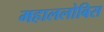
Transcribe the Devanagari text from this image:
महाललोबिस